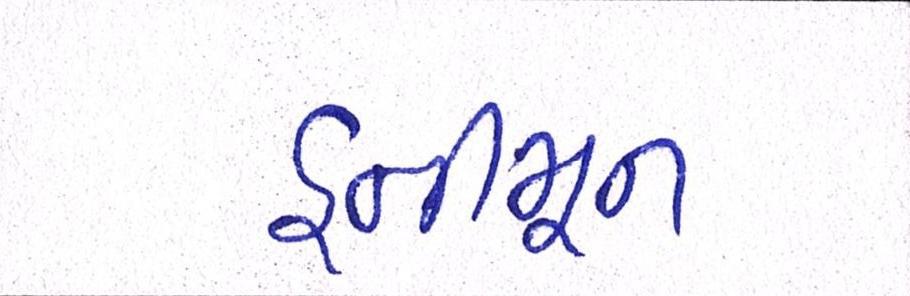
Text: હનીમૂન